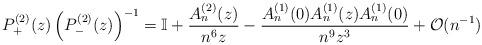
LaTeX: \begin{align*} P^{(2)}_+(z) \left(P^{(2)}_-(z)\right)^{-1} = \mathbb{I} +\frac{A_n^{(2)}(z)}{n^6 z} - \frac{A_n^{(1)}(0)A_n^{(1)}(z) A_n^{(1)}(0)}{n^9z^3} + \mathcal{O}(n^{-1})\end{align*}